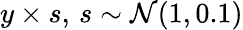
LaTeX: y\times s,\, s\sim\mathcal{N}(1,0.1)